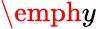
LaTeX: \emph{y}